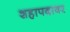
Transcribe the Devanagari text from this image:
शहापदावर